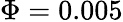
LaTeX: \Phi=0.005